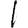
Digit: 1